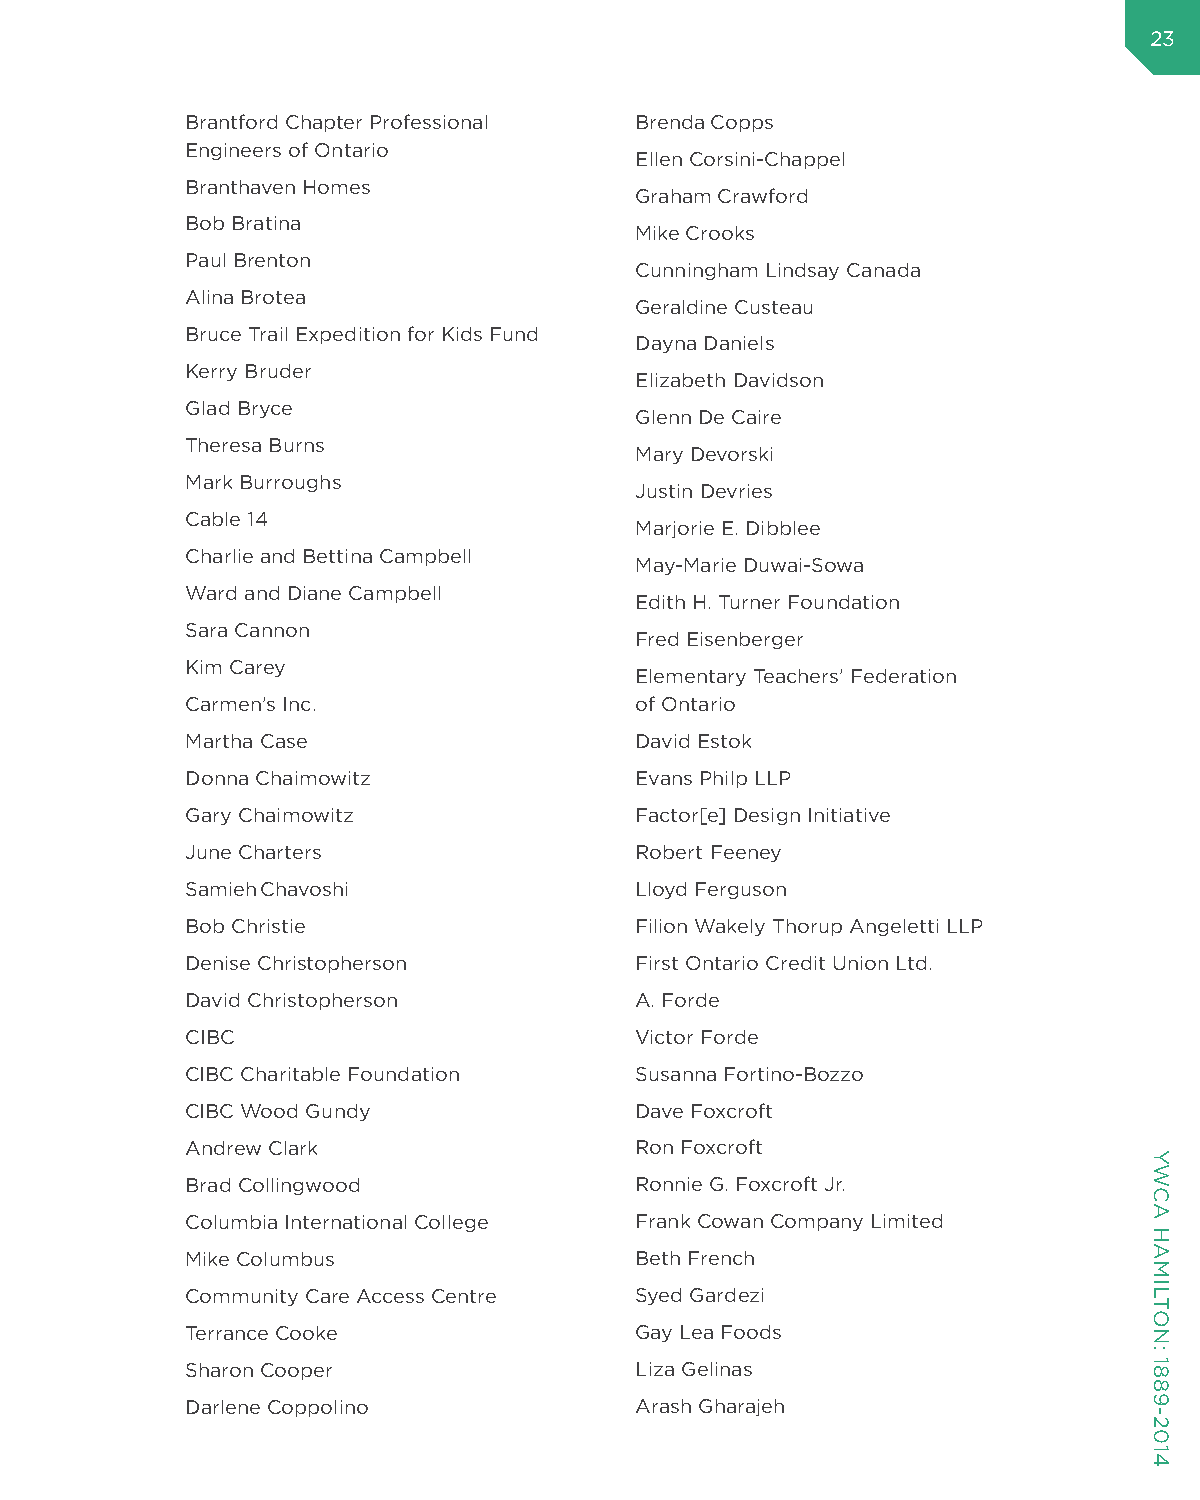
23
 Brantford Chapter Professional Brenda Copps
 Engineers of Ontario
 Ellen Corsini-Chappel
 Branthaven Homes
 Graham Crawford
 Bob Bratina
 Mike Crooks
 Paul Brenton
 Cunningham Lindsay Canada
 Alina Brotea
 Geraldine Custeau
 Bruce Trail Expedition for Kids Fund
 Dayna Daniels
 Kerry Bruder
 Elizabeth Davidson
 Glad Bryce
 Glenn De Caire
 Theresa Burns
 Mary Devorski
 Mark Burroughs
 Justin Devries
 Cable 14
 Marjorie E. Dibblee
 Charlie and Bettina Campbell
 May-Marie Duwai-Sowa
 Ward and Diane Campbell
 Edith H. Turner Foundation
 Sara Cannon
 Fred Eisenberger
 Kim Carey
 Elementary Teachers’ Federation
 Carmen’s Inc.                 of Ontario
 Martha Case                   David Estok
 Donna Chaimowitz              Evans Philp LLP
 Gary Chaimowitz               Factor[e] Design Initiative
 June Charters                 Robert Feeney
 Samieh Chavoshi               Lloyd Ferguson
 Bob Christie                  Filion Wakely Thorup Angeletti LLP
 Denise Christopherson         First Ontario Credit Union Ltd.
 David Christopherson          A. Forde
 CIBC                          Victor Forde
 CIBC Charitable Foundation    Susanna Fortino-Bozzo
 CIBC Wood Gundy               Dave Foxcroft
 Andrew Clark                  Ron Foxcroft
 Brad Collingwood              Ronnie G. Foxcroft Jr.
 Columbia International College Frank Cowan Company Limited
 Mike Columbus                 Beth French
 Community Care Access Centre  Syed Gardezi
 Terrance Cooke                Gay Lea Foods
 Sharon Cooper                 Liza Gelinas
 Darlene Coppolino             Arash Gharajeh
 YWCA
 HAMILTON:
 1889-2014